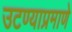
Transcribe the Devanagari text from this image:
उटण्याप्रमाणे